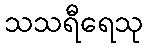
သသရီရေသု